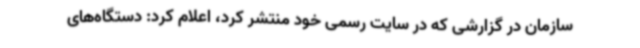
سازمان در گزارشی که در سایت رسمی خود منتشر کرد، اعلام کرد: دستگاه‌های